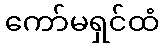
ကော်မရှင်ထံ